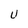
Character: U